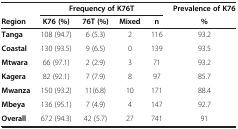
<table><thead><tr><td><b> </b></td><td colspan="4"><b>Frequency of K76T</b></td><td><b>Prevalence of K76</b></td></tr><tr><td><b>Region</b></td><td><b>K76 (%)</b></td><td><b>76T (%)</b></td><td><b>Mixed</b></td><td><b>n</b></td><td><b>%</b></td></tr></thead><tbody><tr><td><b>Tanga</b></td><td>108 (94.7)</td><td>6 (5.3)</td><td>2</td><td>116</td><td>93.2</td></tr><tr><td><b>Coastal</b></td><td>130 (93.5)</td><td>9 (6.5)</td><td>0</td><td>139</td><td>93.5</td></tr><tr><td><b>Mtwara</b></td><td>66 (97.1)</td><td>2 (2.9)</td><td>3</td><td>71</td><td>93.2</td></tr><tr><td><b>Kagera</b></td><td>82 (92.1)</td><td>7 (7.9)</td><td>8</td><td>97</td><td>85.7</td></tr><tr><td><b>Mwanza</b></td><td>150 (93.2)</td><td>11(6.8)</td><td>10</td><td>171</td><td>88.4</td></tr><tr><td><b>Mbeya</b></td><td>136 (95.1)</td><td>7 (4.9)</td><td>4</td><td>147</td><td>92.7</td></tr><tr><td><b>Overall</b></td><td>672 (94.3)</td><td>42 (5.7)</td><td>27</td><td>741</td><td>91</td></tr></tbody></table>